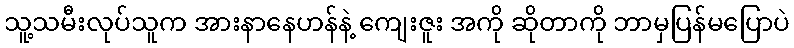
သူ့သမီးလုပ်သူက အားနာနေဟန်နဲ့ ကျေးဇူး အကို ဆိုတာကို ဘာမှပြန်မပြောပဲ